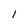
Character: 1